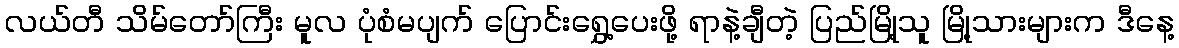
လယ်တီ သိမ်တော်ကြီး မူလ ပုံစံမပျက် ပြောင်းရွှေ့ပေးဖို့ ရာနဲ့ချီတဲ့ ပြည်မြို့သူ မြို့သားများက ဒီနေ့